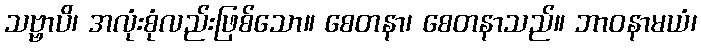
သဗ္ဗာပိ၊ အလုံးစုံလည်းဖြစ်သော။ စေတနာ၊ စေတနာသည်။ ဘာဝနာမယံ၊